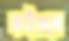
কইরবে